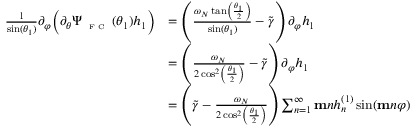
\begin{array} { r l } { \frac { 1 } { \sin ( \theta _ { 1 } ) } \partial _ { \varphi } \Big ( \partial _ { \theta } \Psi _ { \textnormal { \tiny { F C } } } ( \theta _ { 1 } ) h _ { 1 } \Big ) } & { = \left( \frac { \omega _ { N } \tan \left( \frac { \theta _ { 1 } } { 2 } \right) } { \sin ( \theta _ { 1 } ) } - \widetilde { \gamma } \right) \partial _ { \varphi } h _ { 1 } } \\ & { = \left( \frac { \omega _ { N } } { 2 \cos ^ { 2 } \left( \frac { \theta _ { 1 } } { 2 } \right) } - \widetilde { \gamma } \right) \partial _ { \varphi } h _ { 1 } } \\ & { = \left( \widetilde { \gamma } - \frac { \omega _ { N } } { 2 \cos ^ { 2 } \left( \frac { \theta _ { 1 } } { 2 } \right) } \right) \sum _ { n = 1 } ^ { \infty } \mathbf { m } n h _ { n } ^ { ( 1 ) } \sin ( \mathbf { m } n \varphi ) } \end{array}